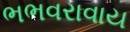
ભભવરાવાય